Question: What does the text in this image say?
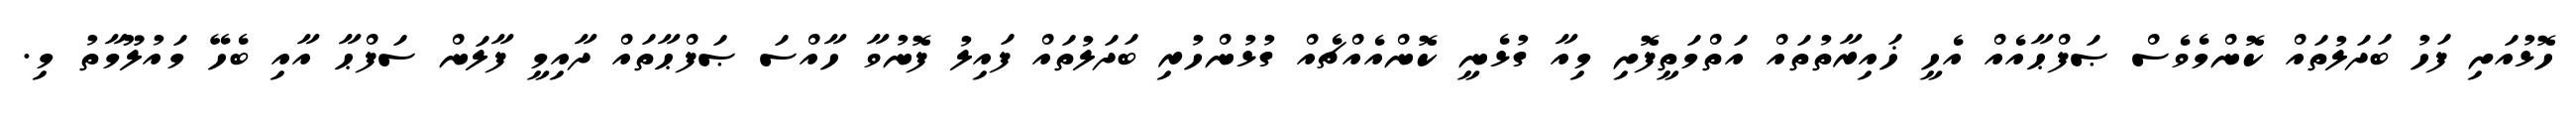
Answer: ހޮޅުއަށި ފަހު ބަދަލުތައް ކޮންމެވެސް ޞަފްޙާއެއް އެހީ ޚައިރާތުތައް އަތްމަތީފޮށި މިއާ ގުޅެނީ ކޮންއެއްޗެއް ގުޅުންހުރި ބަދަލުތައް ފައިލު ފޮނުވާ ހާއްސަ ޞަފްޙާތައް ދާއިމީ ފާލަން ސަފްޙާ އާއި ބެހޭ މައުލޫމާތު މި.